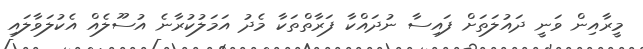
މީރާއިން ވަނީ ދައުލަތަށް ފައިސާ ނުދައްކާ ފަރާތްތަކާ މެދު އަމަލުކުރާނެ އުސޫލެއް އެކުލަވާލައި